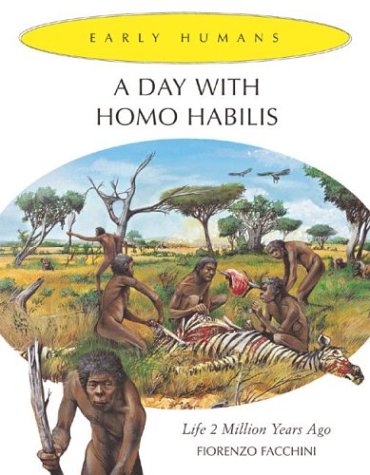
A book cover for A Day With Homo Habilis: Life 2,000,000 Years Ago (Early Humans); Fiorenzo Facchini; Children's Books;